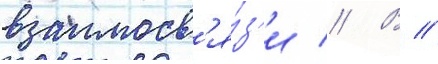
взаимосв'я́з'и // В //